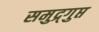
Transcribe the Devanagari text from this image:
समुद्र्गुप्त